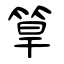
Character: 筸